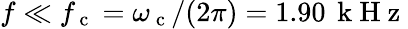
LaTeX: f\ll f_{\mathrm{~c~}}=\omega_{\mathrm{~c~}}/(2\pi)=1.90\, \mathrm{~k~H~z~}